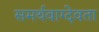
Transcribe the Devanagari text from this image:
समर्थवाग्देवता